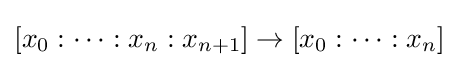
[x_{0}:\cdots :x_{n}:x_{n+1}]\to [x_{0}:\cdots :x_{n}]